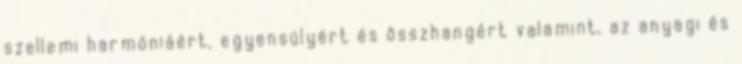
szellemi harmóniáért, egyensúlyért és összhangért valamint, az anyagi és